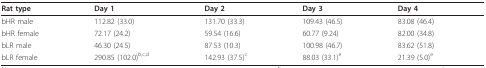
<table><thead><tr><td><b>Rat type</b></td><td><b>Day 1</b></td><td><b>Day 2</b></td><td><b>Day 3</b></td><td><b>Day 4</b></td></tr></thead><tbody><tr><td>bHR male</td><td>112.82 (33.0)</td><td>131.70 (33.3)</td><td>109.43 (46.5)</td><td>83.08 (46.4)</td></tr><tr><td>bHR female</td><td>72.17 (24.2)</td><td>59.54 (16.6)</td><td>60.77 (9.24)</td><td>82.00 (34.8)</td></tr><tr><td>bLR male</td><td>46.30 (24.5)</td><td>87.53 (10.3)</td><td>100.98 (46.7)</td><td>83.62 (51.8)</td></tr><tr><td>bLR female</td><td>290.85 (102.0)<sup>b,c,d</sup></td><td>142.93 (37.5)<sup>c</sup></td><td>88.03 (33.1)<sup>e</sup></td><td>21.39 (5.0)<sup>e</sup></td></tr></tbody></table>